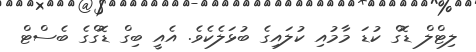
ލިޓްލް ޑޮގް ކުޑަ މާމުއި ކުލައިގެ ބުޅަލެކެވެ. އެއީ ބިގް ޑޮގްގެ ބެސްޓް